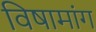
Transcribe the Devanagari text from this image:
विषामांग